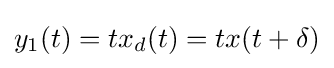
y_{1}(t)=tx_{d}(t)=tx(t+\delta )